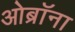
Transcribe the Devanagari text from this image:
ओब्रॉना